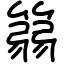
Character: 篛